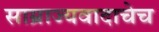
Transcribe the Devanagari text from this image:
साम्राज्यवादाचेच